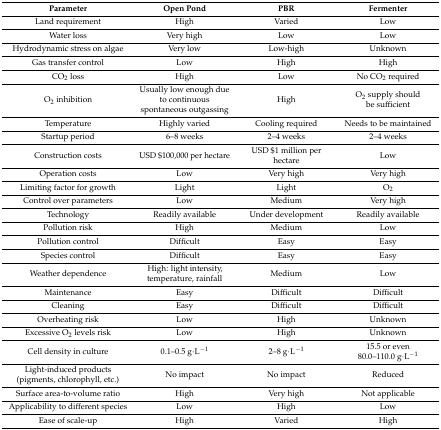
<table><thead><tr><td><b>Parameter</b></td><td><b>Open Pond</b></td><td><b>PBR</b></td><td><b>Fermenter</b></td></tr></thead><tbody><tr><td>Land requirement</td><td>High</td><td>Varied</td><td>Low</td></tr><tr><td>Water loss</td><td>Very high</td><td>Low</td><td>Low</td></tr><tr><td>Hydrodynamic stress on algae</td><td>Very low</td><td>Low-high</td><td>Unknown</td></tr><tr><td>Gas transfer control</td><td>Low</td><td>High</td><td>High</td></tr><tr><td>CO<sub>2</sub> loss</td><td>High</td><td>Low</td><td>No CO<sub>2</sub> required</td></tr><tr><td>O<sub>2</sub> inhibition</td><td>Usually low enough due to continuous spontaneous outgassing</td><td>High</td><td>O<sub>2</sub> supply should be sufficient</td></tr><tr><td>Temperature</td><td>Highly varied</td><td>Cooling required</td><td>Needs to be maintained</td></tr><tr><td>Startup period</td><td>6–8 weeks</td><td>2–4 weeks</td><td>2–4 weeks</td></tr><tr><td>Construction costs</td><td>USD $100,000 per hectare</td><td>USD $1 million per hectare</td><td>Low</td></tr><tr><td>Operation costs</td><td>Low</td><td>Very high</td><td>Very high</td></tr><tr><td>Limiting factor for growth</td><td>Light</td><td>Light</td><td>O<sub>2</sub></td></tr><tr><td>Control over parameters</td><td>Low</td><td>Medium</td><td>Very high</td></tr><tr><td>Technology</td><td>Readily available</td><td>Under development</td><td>Readily available</td></tr><tr><td>Pollution risk</td><td>High</td><td>Medium</td><td>Low</td></tr><tr><td>Pollution control</td><td>Difficult</td><td>Easy</td><td>Easy</td></tr><tr><td>Species control</td><td>Difficult</td><td>Easy</td><td>Easy</td></tr><tr><td>Weather dependence</td><td>High: light intensity, temperature, rainfall</td><td>Medium</td><td>Low</td></tr><tr><td>Maintenance</td><td>Easy</td><td>Difficult</td><td>Difficult</td></tr><tr><td>Cleaning</td><td>Easy</td><td>Difficult</td><td>Difficult</td></tr><tr><td>Overheating risk</td><td>Low</td><td>High</td><td>Unknown</td></tr><tr><td>Excessive O<sub>2</sub> levels risk</td><td>Low</td><td>High</td><td>Unknown</td></tr><tr><td>Cell density in culture</td><td>0.1–0.5 g·L<sup>−1</sup></td><td>2–8 g·L<sup>−1</sup></td><td>15.5 or even 80.0–110.0 g·L<sup>−1</sup></td></tr><tr><td>Light-induced products (pigments, chlorophyll, etc.)</td><td>No impact</td><td>No impact</td><td>Reduced</td></tr><tr><td>Surface area-to-volume ratio</td><td>High</td><td>Very high</td><td>Not applicable</td></tr><tr><td>Applicability to different species</td><td>Low</td><td>High</td><td>Low</td></tr><tr><td>Ease of scale-up</td><td>High</td><td>Varied</td><td>High</td></tr></tbody></table>